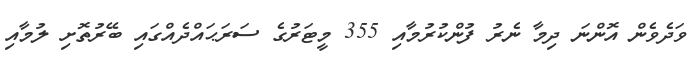
ވަދެވެން އޮންނަ ދިމާ ނެރު ފުންކުރުމާއި 355 މީޓަރުގެ ސަރަޙައްދެއްގައި ބޭރުތޮށި ލުމާއި